Report on the Nagpur School of Medicine, Central Provinces
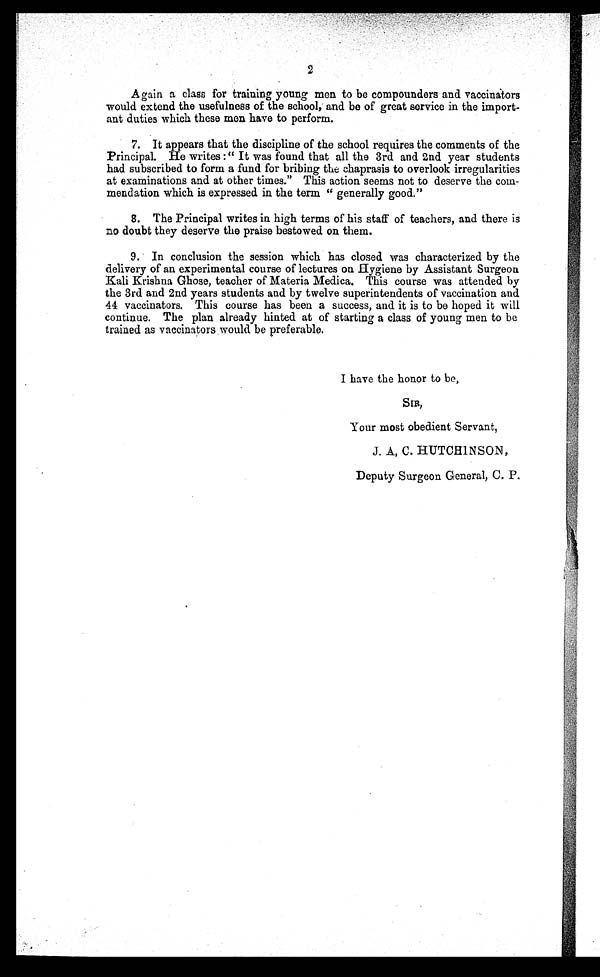
2
Again a class for training young men to be compounders and vaccinators
would extend the usefulness of the school, and be of great service in the import
-ant duties which these men have to perform.
7. It appears that the discipline of the school requires the comments of the
Principal. He writes: " It was found that all the 3rd and 2nd year students
had subscribed to form a fund for bribing the chaprasis to overlook irregularities
at examinations and at other times." This action seems not to deserve the com
-mendation which is expressed in the term " generally good."
8. The Principal writes in high terms of his staff of teachers, and there is
no doubt they deserve the praise bestowed on them.
9. In conclusion the session which has closed was characterized by the
delivery of an experimental course of lectures on Hygiene by Assistant Surgeon
Kali Krishna Ghose, teacher of Materia Medica. This course was attended by
the 3rd and 2nd years students and by twelve superintendents of vaccination and
44 vaccinators. This course has been a success, and it is to be hoped it will
continue. The plan already hinted at of starting a class of young men to be
trained as vaccinators would be preferable.
I have the honor to be,
Your most obedient Servant,
J. A. C. HUTCHINSON,
Deputy Surgeon General, C. P.